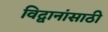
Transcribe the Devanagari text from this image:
विद्वानांसाठी